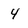
Character: 4